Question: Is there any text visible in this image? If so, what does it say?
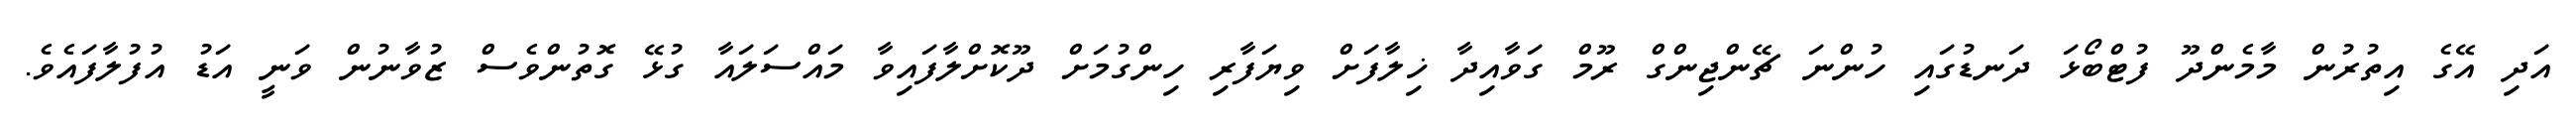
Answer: އަދި އޭގެ އިތުރުން މާމެންދޫ ފުޓްބޯޅަ ދަނޑުގައި ހުންނަ ޗޭންޖިންގް ރޫމް ގަވާއިދާ ޚިލާފަށް ވިޔަފާރި ހިންގުމަށް ދޫކޮށްލާފައިވާ މައްސަލައާ ގުޅޭ ގޮތުންވެސް ޒުވާނުން ވަނީ އަޑު އުފުލާފައެވެ.